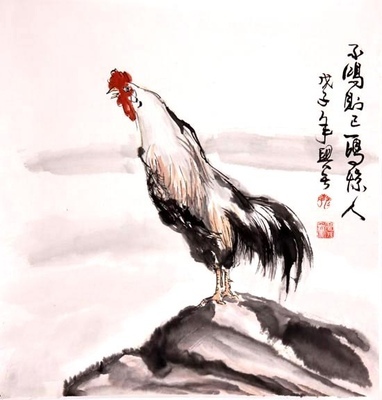
不鸣则已，一鸣惊人。